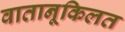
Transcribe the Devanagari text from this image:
वातानूकिलत